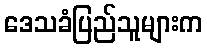
ဒေသခံပြည်သူများက